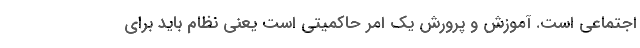
اجتماعی است. آموزش و پرورش یک امر حاکمیتی است یعنی نظام باید برای